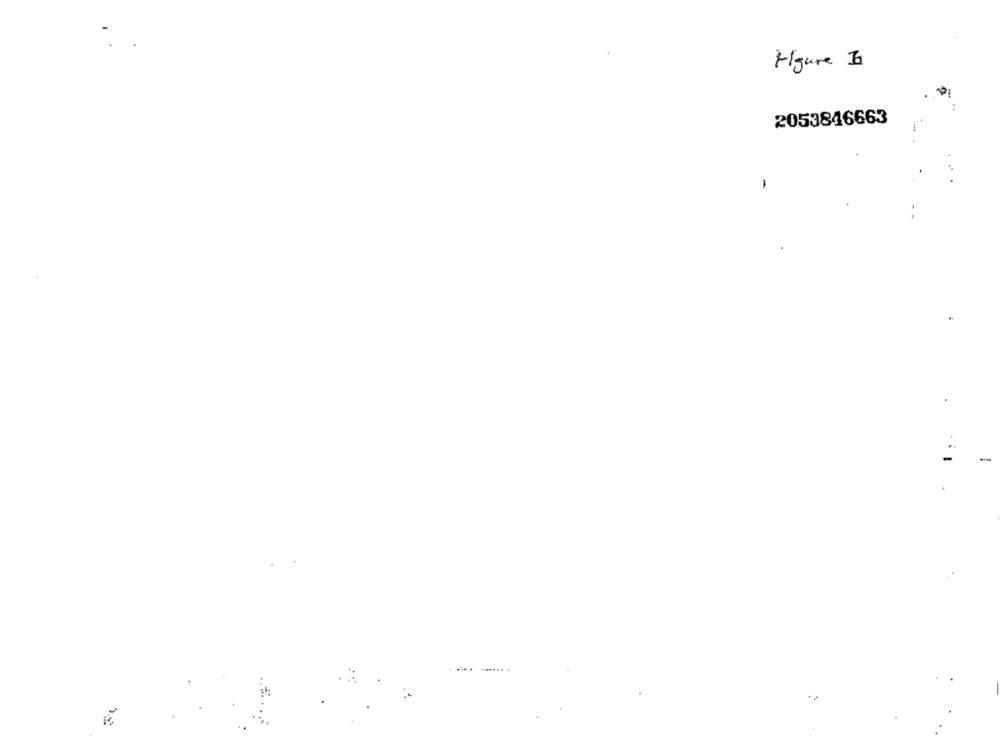
Figure &
2053846663
-